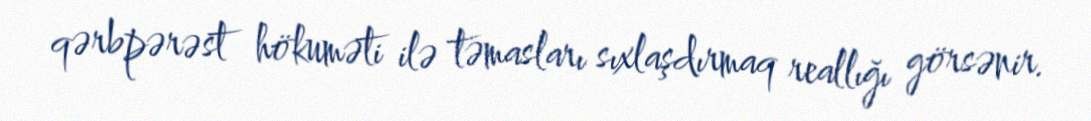
qərbpərəst hökuməti ilə təmasları sıxlaşdırmaq reallığı görsənir.